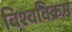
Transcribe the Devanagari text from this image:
विश्‍वविक्रम